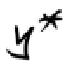
$y^{*}$